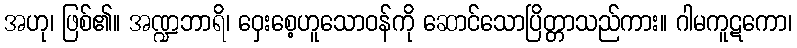
အဟု၊ ဖြစ်၏။ အဏ္ဍဘာရိ၊ ဝှေးစေ့ဟူသောဝန်ကို ဆောင်သောပြိတ္တာသည်ကား။ ဂါမကူဋကော၊